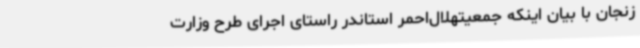
زنجان با بیان اینکه جمعیتهلال‌احمر استاندر راستای اجرای طرح وزارت